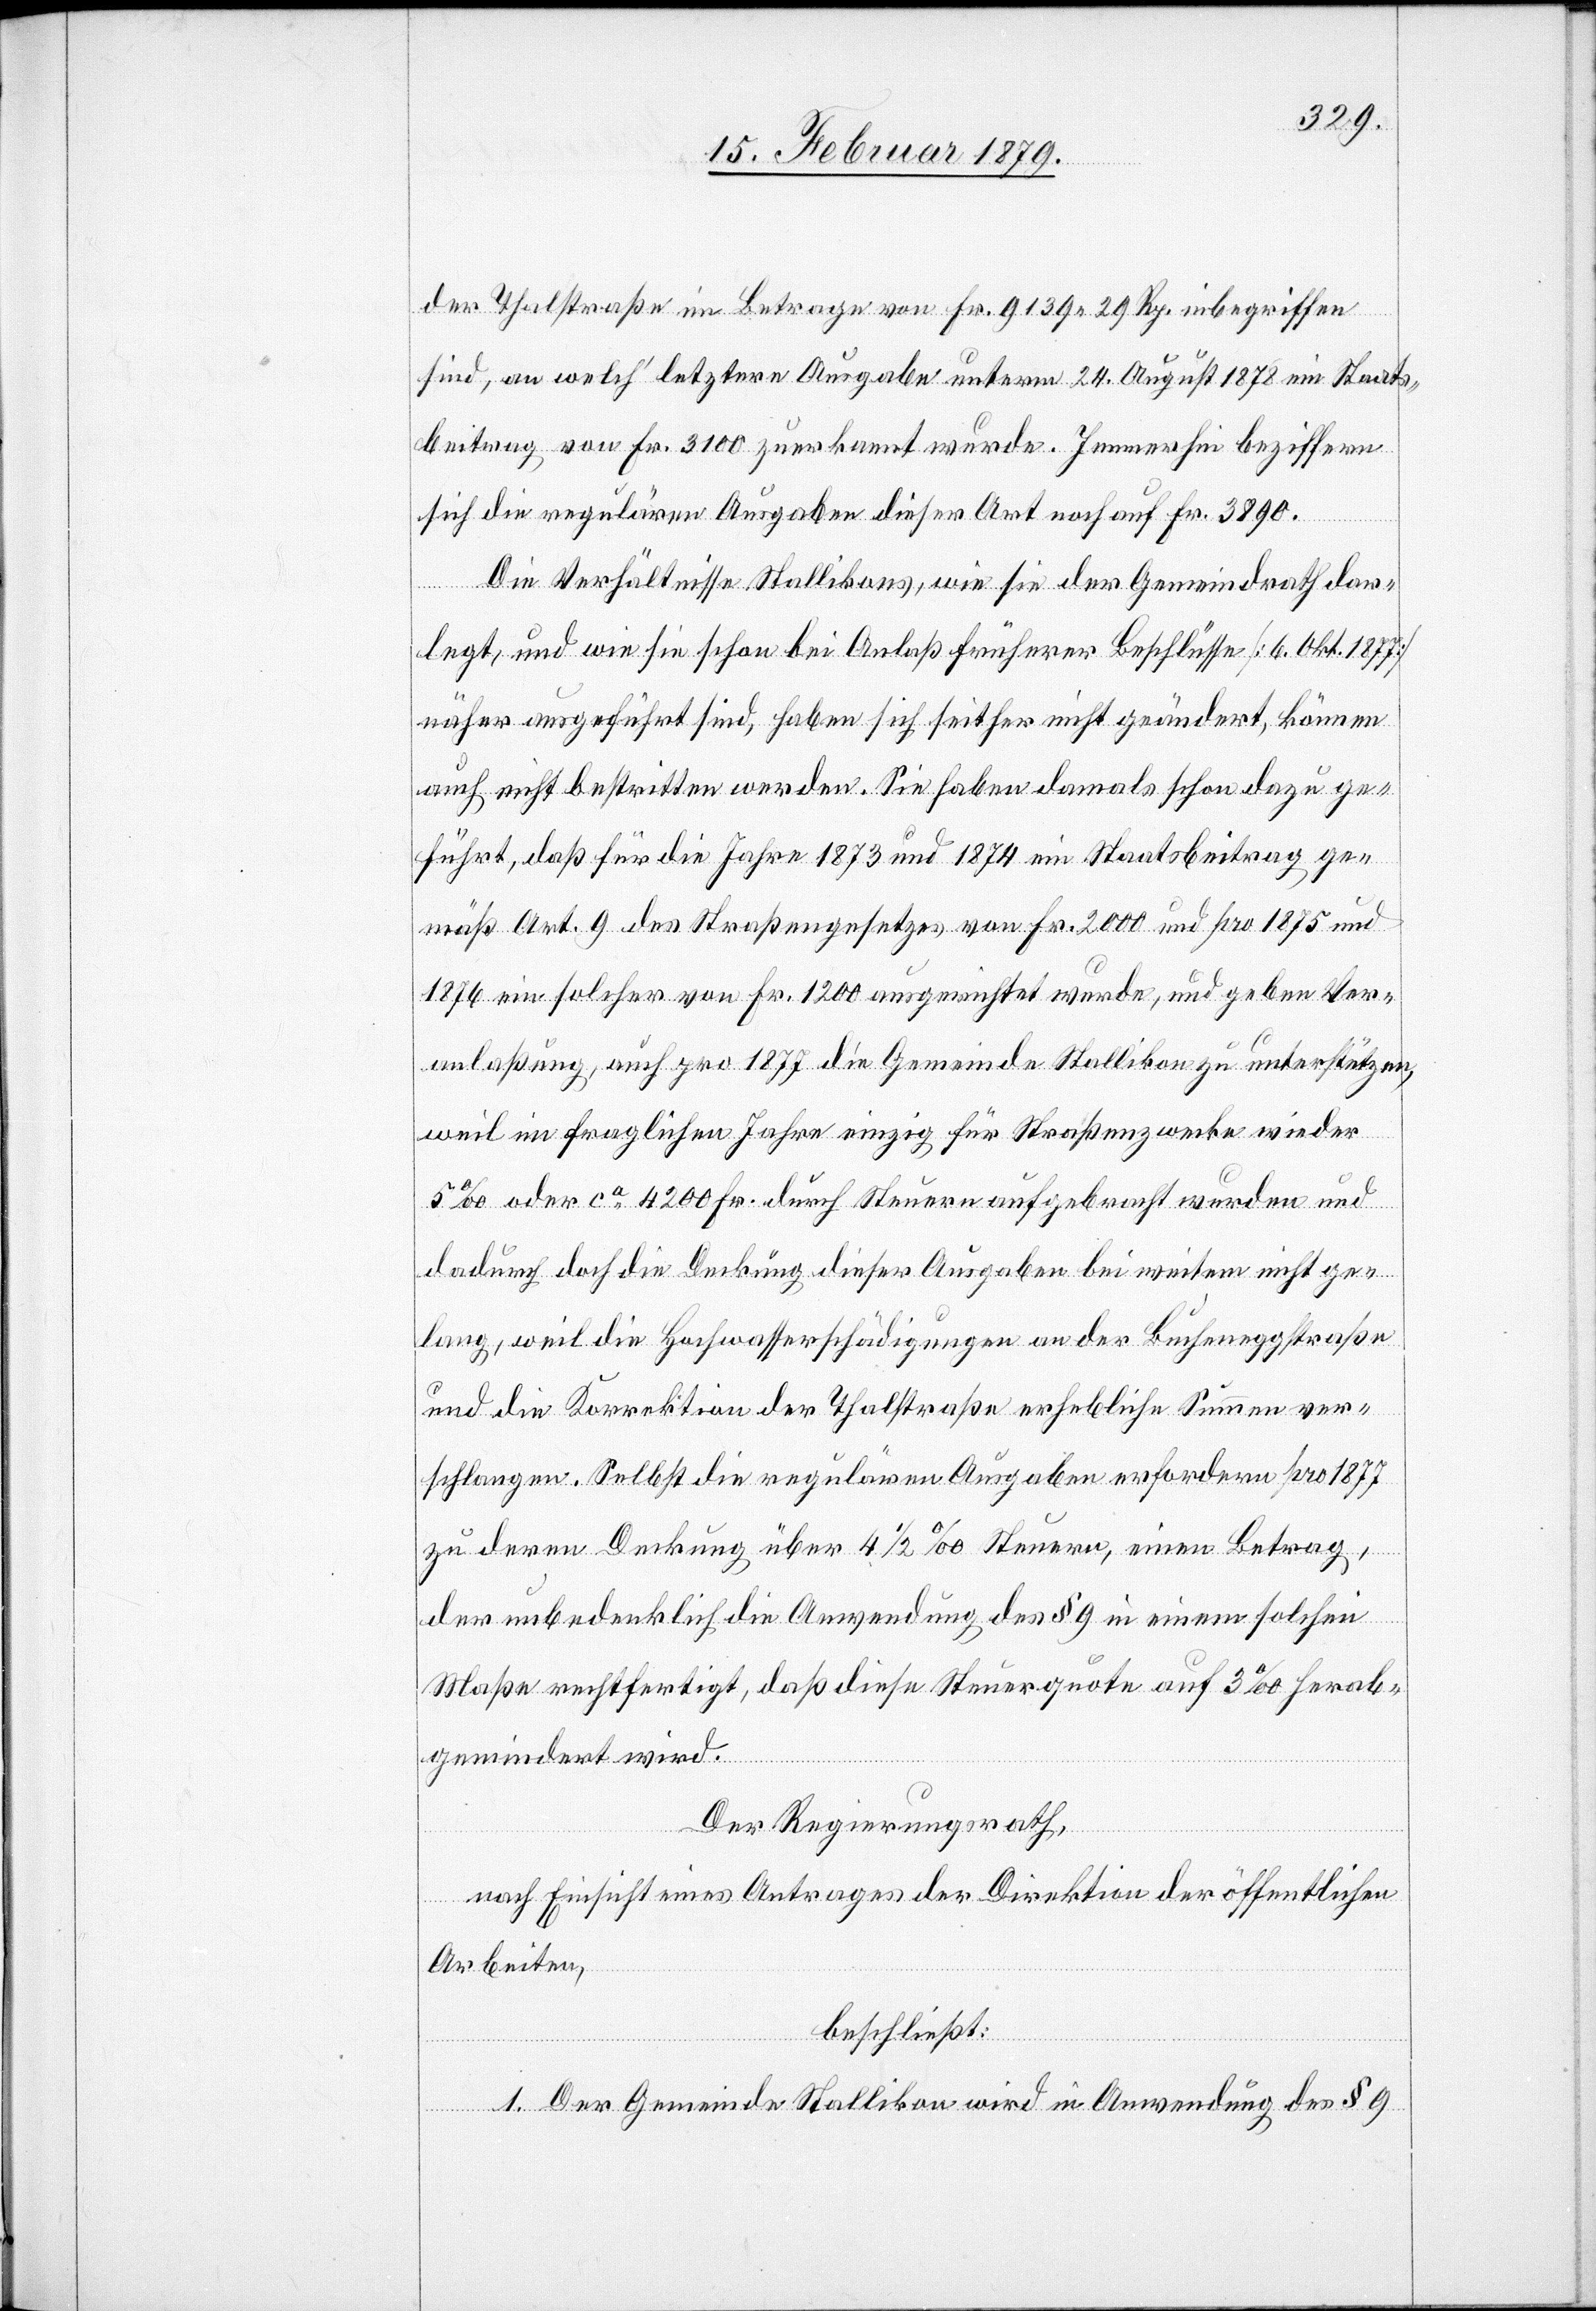
der Thalstraße im Betrage von Fr. 9139 29 Rp. inbegriffen
sind, an welch’ letztere Ausgabe unterm 24. August 1878 ein Staats¬
beitrag von Fr. 3100 zuerkannt wurde. Immerhin beziffern
sich die regulären Ausgaben dieser Art noch auf Fr. 3890.
Die Verhältnisse Stallikons, wie sie der Gemeindrath dar¬
legt, und wie sie schon bei Anlaß früherer Beschlüsse [6. Okt. 1877]
näher ausgeführt sind, haben sich seither nicht geändert, können
auch nicht bestritten werden. Sie haben damals schon dazu ge¬
führt, daß für die Jahre 1873 und 1874 ein Staatsbeitrag ge¬
mäß Art. 9 des Straßengesetzes von Fr. 2000 und pro 1875 und
1876 ein solcher von Fr. 1200 ausgerichtet wurde, und geben Ver¬
anlaßung, auch pro 1877 die Gemeinde Stallikon zu unterstützen,
weil im fraglichen Jahre einzig für Straßenzwecke wieder
5‰ oder ca 4200 Fr. durch Steuern aufgebracht wurden und
dadurch doch die Deckung dieser Ausgaben bei weitem nicht ge¬
lang, weil die Hochwasserschädigungen an der Bucheneggstraße
und die Korrektion der Thalstraße erhebliche Summen ver¬
schlangen. Selbst die regulären Ausgaben erfordern pro 1877
zu deren Deckung über 4 1/2‰ Steuern, einen Betrag,
der unbedenklich die Anwendung des § 9 in einem solchen
Maße rechtfertigt, daß diese Steuerquote auf 3‰ herab¬
gemindert wird.
Der Regierungsrath,
nach Einsicht eines Antrages der Direktion der öffentlichen
Arbeiten,
beschließt:
1. Der Gemeinde Stallikon wird in Anwendung des § 9